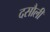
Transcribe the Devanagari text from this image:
दसौली